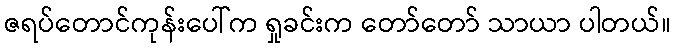
ဇရပ်တောင်ကုန်းပေါ်က ရှုခင်းက တော်တော် သာယာ ပါတယ်။